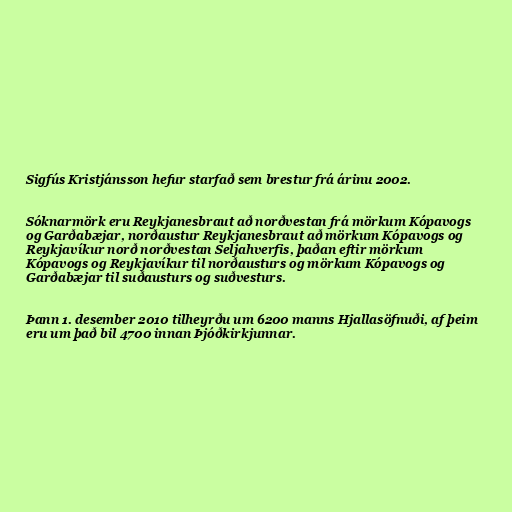
Sigfús Kristjánsson hefur starfað sem brestur frá árinu 2002.

Sóknarmörk eru Reykjanesbraut að norðvestan frá mörkum Kópavogs
og Garðabæjar, norðaustur Reykjanesbraut að mörkum Kópavogs og
Reykjavíkur norð norðvestan Seljahverfis, þaðan eftir mörkum
Kópavogs og Reykjavíkur til norðausturs og mörkum Kópavogs og
Garðabæjar til suðausturs og suðvesturs.

Þann 1. desember 2010 tilheyrðu um 6200 manns Hjallasöfnuði, af þeim
eru um það bil 4700 innan Þjóðkirkjunnar.